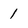
Character: 1